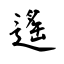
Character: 遙